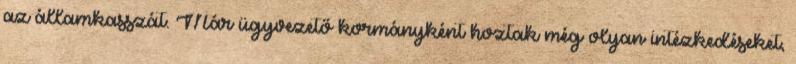
az államkasszát. Már ügyvezető kormányként hoztak még olyan intézkedéseket,